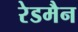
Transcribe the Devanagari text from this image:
रेडमैन